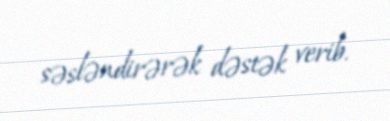
səsləndirərək dəstək verib.